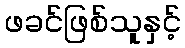
ဖခင်ဖြစ်သူနှင့်